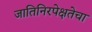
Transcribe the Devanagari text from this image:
जातिनिरपेक्षतेचा